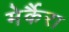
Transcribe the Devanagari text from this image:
मेर्कैरा